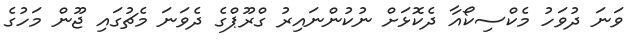
ވަނަ ދުވަހު މެކްސިކޯއާ ދެކޮޅަށް ނުކުންނައިރު ގްރޫޕްގެ ދެވަނަ މެޗުގައި ޖޫން މަހުގެ